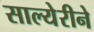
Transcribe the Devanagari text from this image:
साल्येरीने